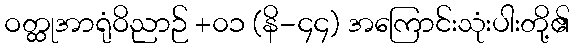
ဝတ္ထုအာရုံဝိညာဉ် +၀၁ (နိ-၄၄) အကြောင်းသုံးပါးတို့၏